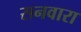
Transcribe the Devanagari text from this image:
सनवारा